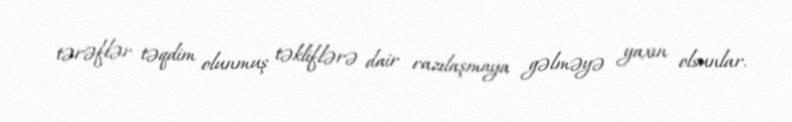
tərəflər təqdim olunmuş təkliflərə dair razılaşmaya gəlməyə yaxın olsunlar.